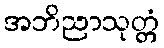
အဘိညာသုတ္တံ